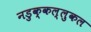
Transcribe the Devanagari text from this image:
नडुक्कल्लुकल